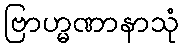
ဗြာဟ္မဏာနာသုံ